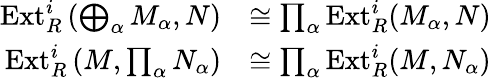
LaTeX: {\begin{array}{rl}{\operatorname{Ext}_{R}^{i}\left(\bigoplus_{\alpha}M_{\alpha},N\right)}&{\cong\prod_{\alpha}\operatorname{Ext}_{R}^{i}(M_{\alpha},N)}\\ {\operatorname{Ext}_{R}^{i}\left(M,\prod_{\alpha}N_{\alpha}\right)}&{\cong\prod_{\alpha}\operatorname{Ext}_{R}^{i}(M,N_{\alpha})}\end{array}}